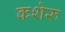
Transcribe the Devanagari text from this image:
कशेरु